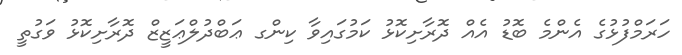
ހަރަމްފުޅުގެ އެންމެ ބޮޑު އެއް ދޮރާށިކޮޅު ކަމުގައިވާ ކިންގ ޢަބްދުލްޢަޒީޒް ދޮރާށިކޮޅު ވަގުތީ